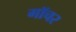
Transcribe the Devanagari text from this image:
गॉचर